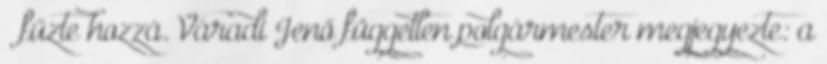
– fűzte hozzá. Váradi Jenő független polgármester megjegyezte: a